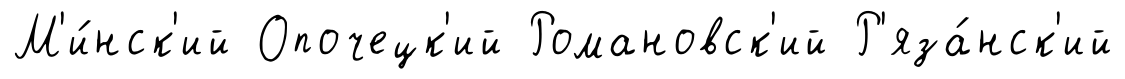
М'и́нск'ий Опочецк'ий Романовск'ий Р'яза́нск'ий